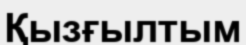
Қызғылтым